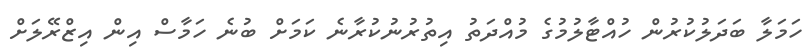
ހަމަލާ ބަދަލުކުރުން ހުއްޓާލުމުގެ މުއްދަތު އިތުރުނުކުރާނެ ކަމަށް ބުނެ ހަމާސް އިން އިޒްރޭލަށް